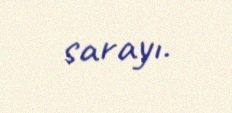
sarayı.